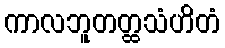
ကာလဘူတတ္ထသံဟိတံ